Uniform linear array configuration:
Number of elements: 48
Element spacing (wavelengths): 0.75
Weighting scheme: blackman
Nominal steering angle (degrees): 0
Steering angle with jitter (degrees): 0.7761
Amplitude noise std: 0.05
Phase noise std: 0.05

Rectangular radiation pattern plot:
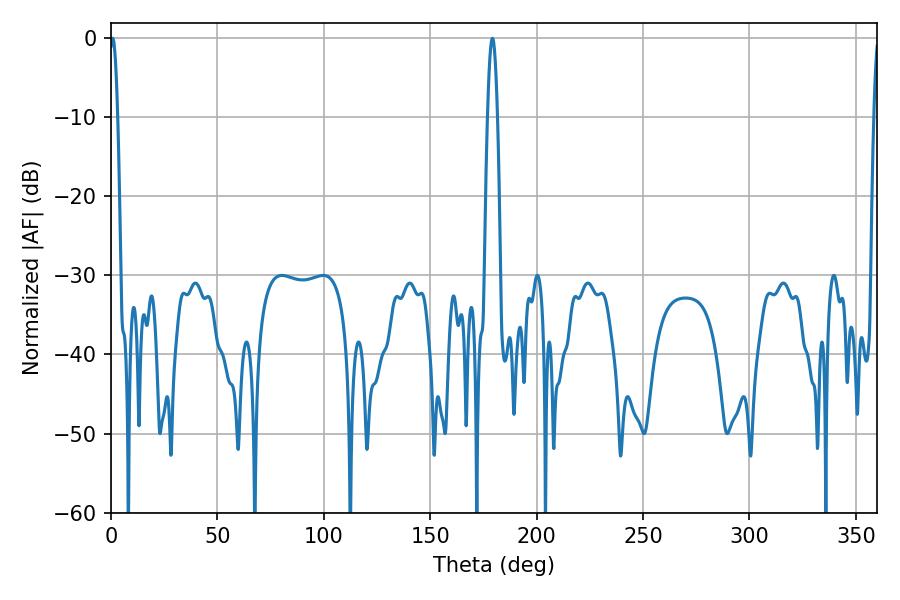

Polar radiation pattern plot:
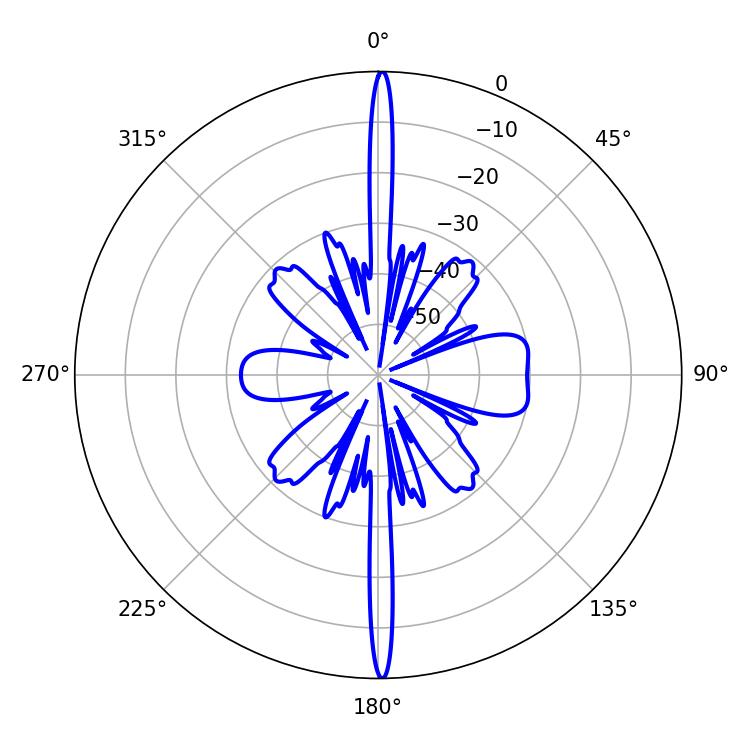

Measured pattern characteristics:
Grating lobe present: TRUE
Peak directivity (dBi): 30.889
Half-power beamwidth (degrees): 1.98
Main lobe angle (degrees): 0.72